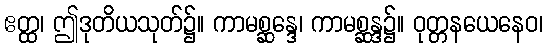
ဧတ္ထ၊ ဤဒုတိယသုတ်၌။ ကာမစ္ဆန္ဒေ၊ ကာမစ္ဆန္ဒ၌။ ဝုတ္တနယေနေဝ၊